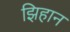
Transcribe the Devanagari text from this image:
झिहान